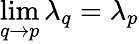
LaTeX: \operatorname*{lim}_{q\to p}\lambda_{q}=\lambda_{p}